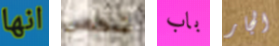
انها شخص باب الجار